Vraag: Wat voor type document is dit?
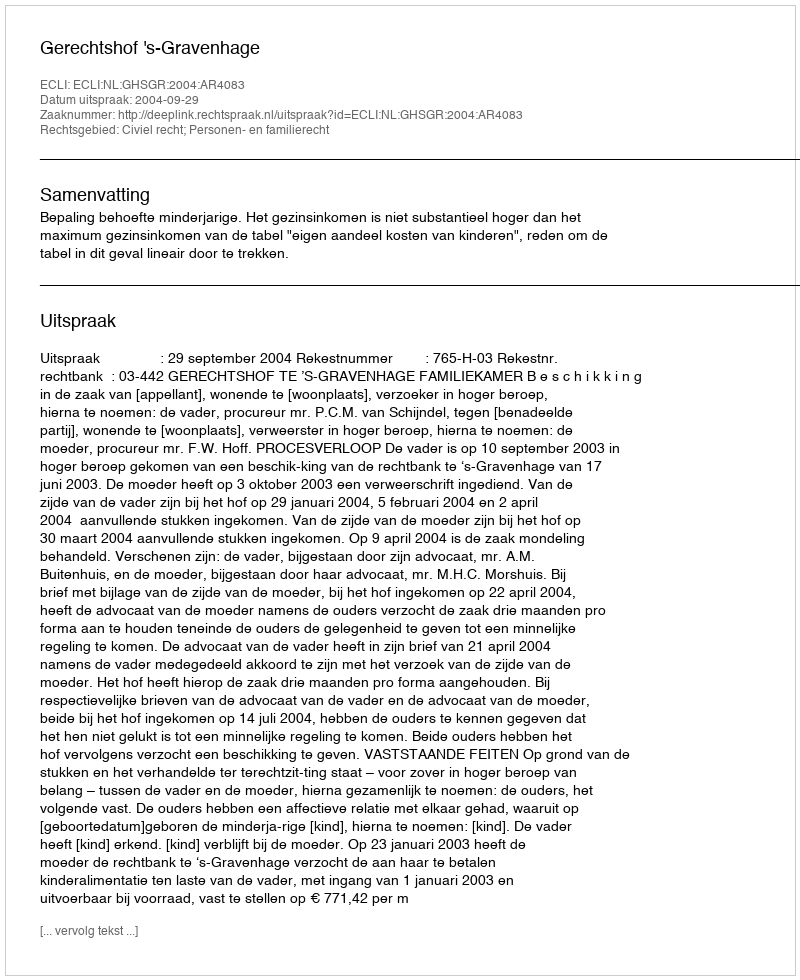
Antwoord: Uitspraak